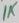
Text: 1K